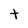
Character: t